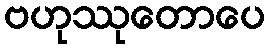
ဗဟုဿုတောပေ